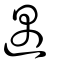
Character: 遇